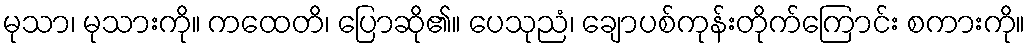
မုသာ၊ မုသားကို။ ကထေတိ၊ ပြောဆို၏။ ပေသုညံ၊ ချောပစ်ကုန်းတိုက်ကြောင်း စကားကို။